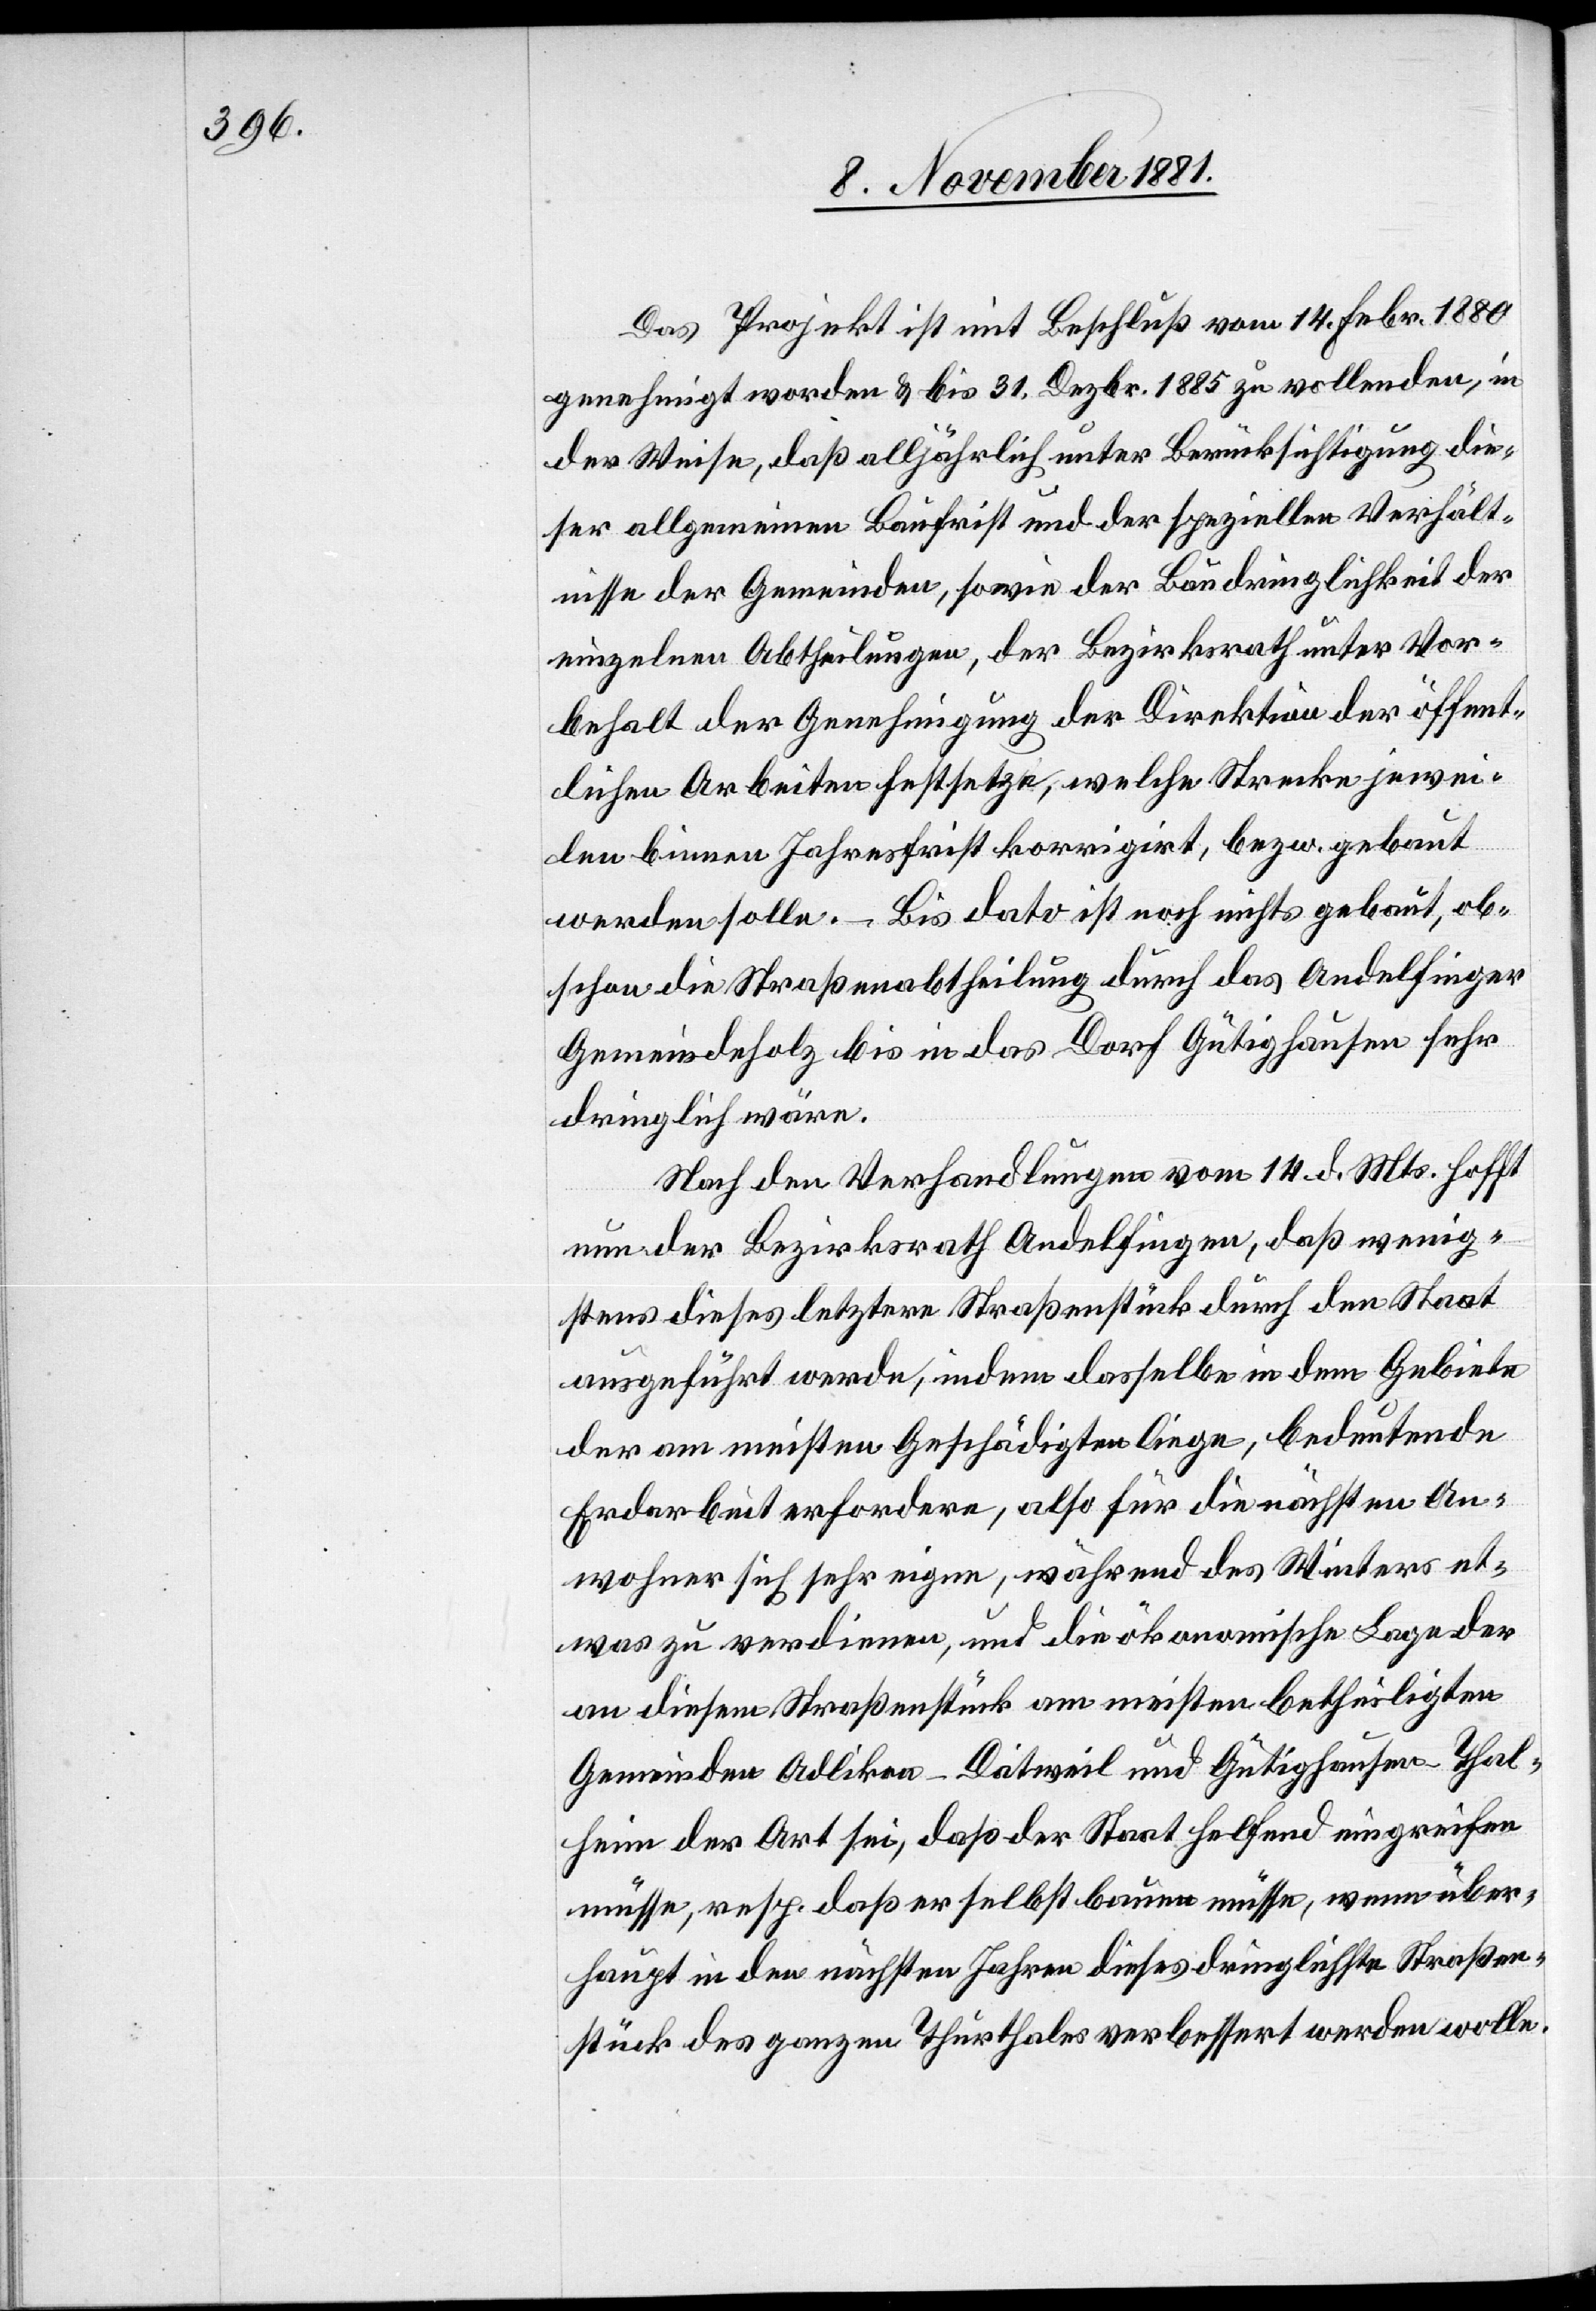
Das Projekt ist mit Beschluß vom 14. Febr. 1880
genehmigt worden & bis 31. Dezbr. 1885 zu vollenden, in
der Weise, daß alljährlich unter Berücksichtigung die¬
ser allgemeinen Baufrist und der speziellen Verhält¬
nisse der Gemeinden, sowie der Baudringlichkeit der
einzelnen Abtheilungen, der Bezirksrath unter Vor¬
behalt der Genehmigung der Direktion der öffent¬
lichen Arbeiten festsetze, welche Strecke jewei¬
len binnen Jahresfrist korrigirt, bezw. gebaut
werden solle. – Bis dato ist noch nichts gebaut, ob¬
schon die Straßenabtheilung durch das Andelfinger
Gemeindeholz bis in das Dorf Gütighausen sehr
dringlich wäre.
Nach den Verhandlungen vom 14. d. Mts. hofft
nun der Bezirksrath Andelfingen, daß wenig¬
stens dieses letztere Straßenstück durch den Staat
ausgeführt werde, indem dasselbe in dem Gebiete
der am meisten Geschädigten liege, bedeutende
Erdarbeit erfordere, also für die nächsten An¬
wohner sich sehr eigne, während des Winters et¬
was zu verdienen, und die ökonomische Lage der
an diesem Straßenstück am meisten betheiligten
Gemeinden Adlikon-Dätweil und Gütighausen-Thal¬
heim der Art sei, daß der Staat helfend eingreifen
müsse, resp. daß er selbst bauen müsse, wenn über¬
haupt in den nächsten Jahren dieses dringlichste Straßen¬
stück des ganzen Thurthales verbessert werden wolle.